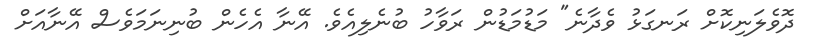
ދޮވެލަނިކޮށް ރަނގަޅު ވެދާނެ" މަޑުމަޑުން ރަވާހު ބުނެލިއެވެ. އޭނާ އެހެން ބުނިނަމަވެސް އޭނާއަށް